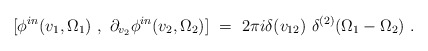
\begin{align*}[\phi^{in}(v_1, \Omega_1)~,~\partial_{v_2} \phi^{in}(v_2, \Omega_2)]~=~2\pi i \delta(v_{12})~\delta^{(2)}(\Omega_1 - \Omega_2)~.\end{align*}